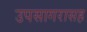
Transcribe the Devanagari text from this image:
उपसागरासह